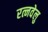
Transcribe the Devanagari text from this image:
रत्नवेलु